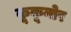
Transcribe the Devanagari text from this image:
कूकूनोर